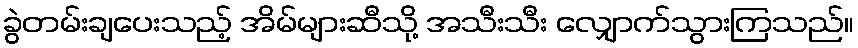
ခွဲတမ်းချပေးသည့် အိမ်များဆီသို့ အသီးသီး လျှောက်သွားကြသည်။